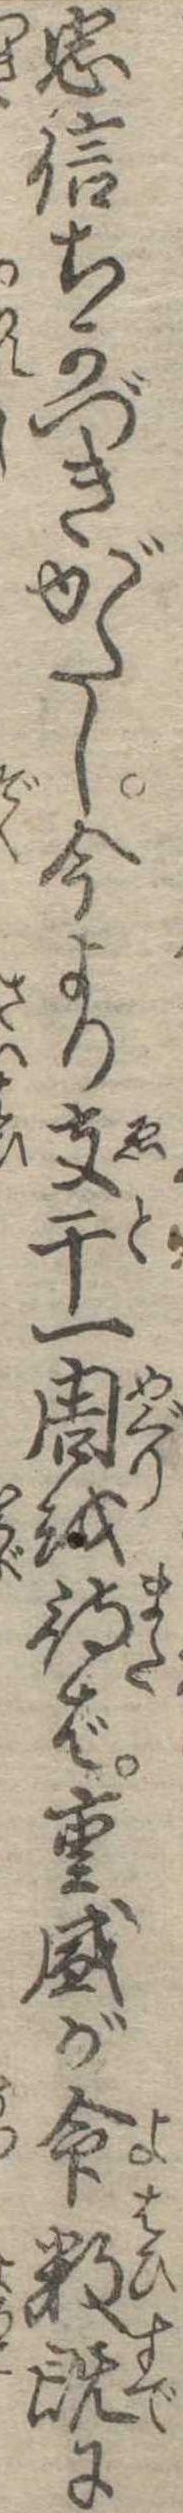
忠信ちかづきがたし今より支干一周を待ば重盛が命数既に